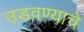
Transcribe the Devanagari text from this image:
उडवण्याचे